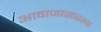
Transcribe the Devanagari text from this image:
आवाजासारखा